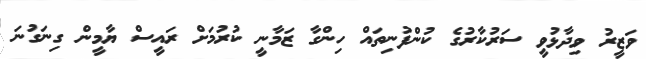
ވަޒީރު ވިދާޅުވީ ސަރުކާރުގެ ކުންފުނިތައް ހިންގާ ޒަމާނީ ކުރުމަށް ރައީސް ޔާމީން ގިނަގުނަ